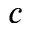
c